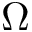
\Omega